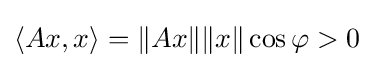
\langle Ax,x\rangle =\|Ax\|\|x\|\cos \varphi >0